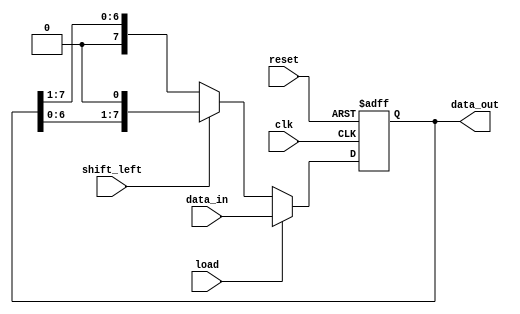
module LogarithmicShiftRegister #(
    parameter WIDTH = 8 // Configurable width (e.g., 8, 16, 32)
) (
    input wire clk,            // Clock signal
    input wire reset,          // Reset signal
    input wire load,           // Load enable signal
    input wire shift_left,     // Shift direction control (1 for left, 0 for right)
    input wire [WIDTH-1:0] data_in, // Parallel data input
    output reg [WIDTH-1:0] data_out // Output data
);

    // Internal register to hold the log-scaled value
    reg [WIDTH-1:0] register;

    // Logarithmic operation placeholder
    function [WIDTH-1:0] log_scaling(input [WIDTH-1:0] value);
        // Implement the logarithmic scaling function here
        // For example, this can be a simple transformation or an approximation
        log_scaling = value; // Placeholder: replace with actual log scaling logic
    endfunction

    // Clock-triggered behavior
    always @(posedge clk or posedge reset) begin
        if (reset) begin
            register <= 0; // Clear on reset
        end else if (load) begin
            register <= log_scaling(data_in); // Load with log-scaled input
        end else begin
            if (shift_left) begin
                register <= {register[WIDTH-2:0], 1'b0}; // Left shift
            end else begin
                register <= {1'b0, register[WIDTH-1:1]}; // Right shift
            end
        end
    end

    // Output assignment
    assign data_out = register;

endmodule